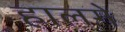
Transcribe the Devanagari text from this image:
हालगे